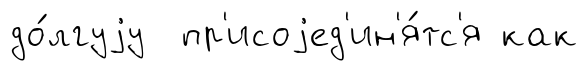
до́лгуjу пр'исоjед'ин'я́тс'я как